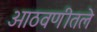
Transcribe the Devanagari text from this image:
आठवणीतले